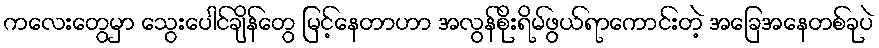
ကလေးတွေမှာ သွေးပေါင်ချိန်တွေ မြင့်နေတာဟာ အလွန်စိုးရိမ်ဖွယ်ရာကောင်းတဲ့ အခြေအနေတစ်ခုပဲ